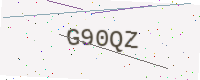
Text: G90QZ